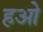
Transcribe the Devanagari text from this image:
हओ